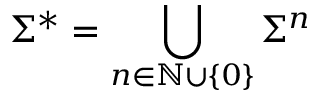
\Sigma ^ { * } = \bigcup _ { n \in \mathbb { N } \cup \{ 0 \} } \Sigma ^ { n }